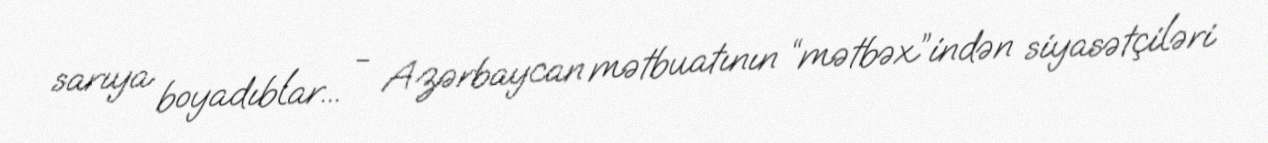
sarıya boyadıblar... - Azərbaycan mətbuatının “mətbəx”indən siyasətçiləri